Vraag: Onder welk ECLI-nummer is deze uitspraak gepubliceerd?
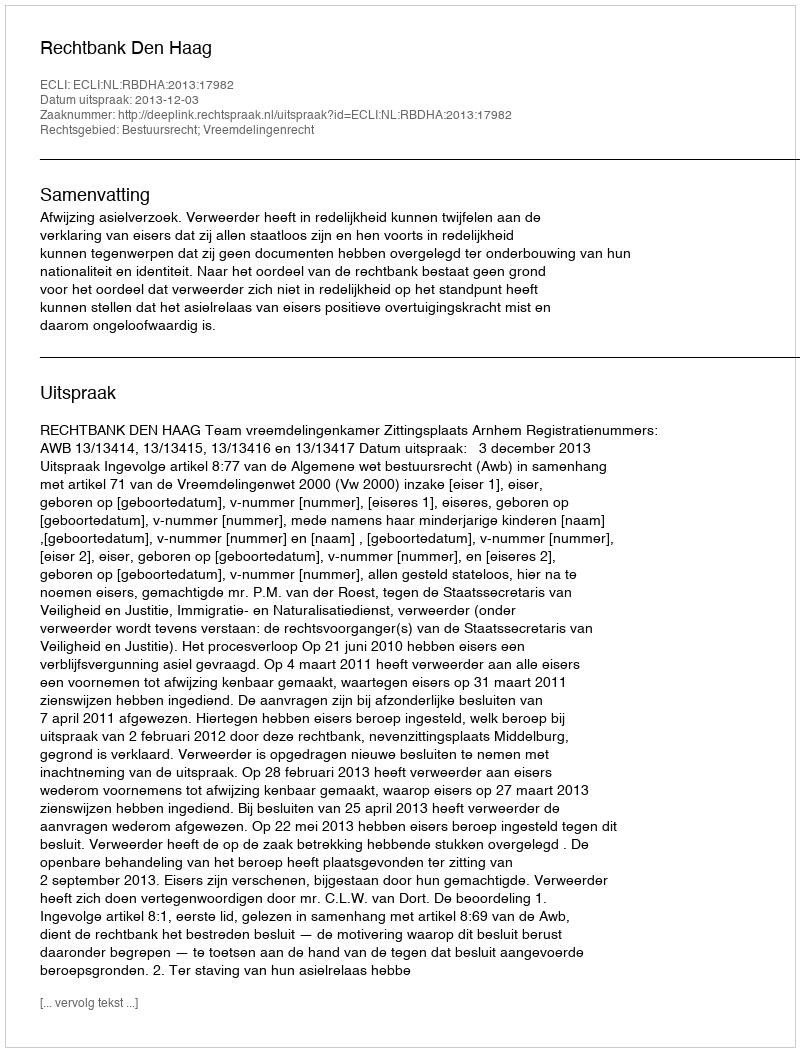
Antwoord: ECLI:NL:RBDHA:2013:17982